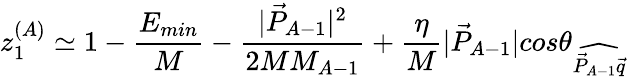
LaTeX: z_{1}^{(A)}\simeq 1-{\frac{E_{min}}{M}}-{\frac{|\vec{P}_{A-1}|^{2}}{2MM_{A-1}}}+\frac{\eta}{M}|\vec{P}_{A-1}|cos\theta_{\widehat{\vec{P}_{A-1}\vec{q}}}~